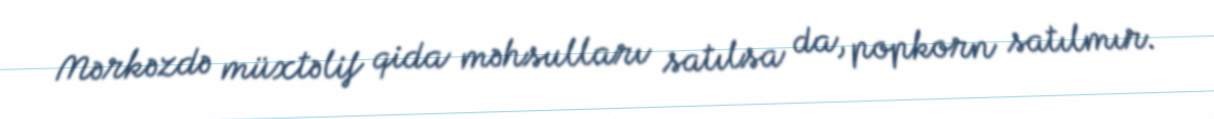
Mərkəzdə müxtəlif qida məhsulları satılsa da, popkorn satılmır.